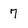
Character: 7